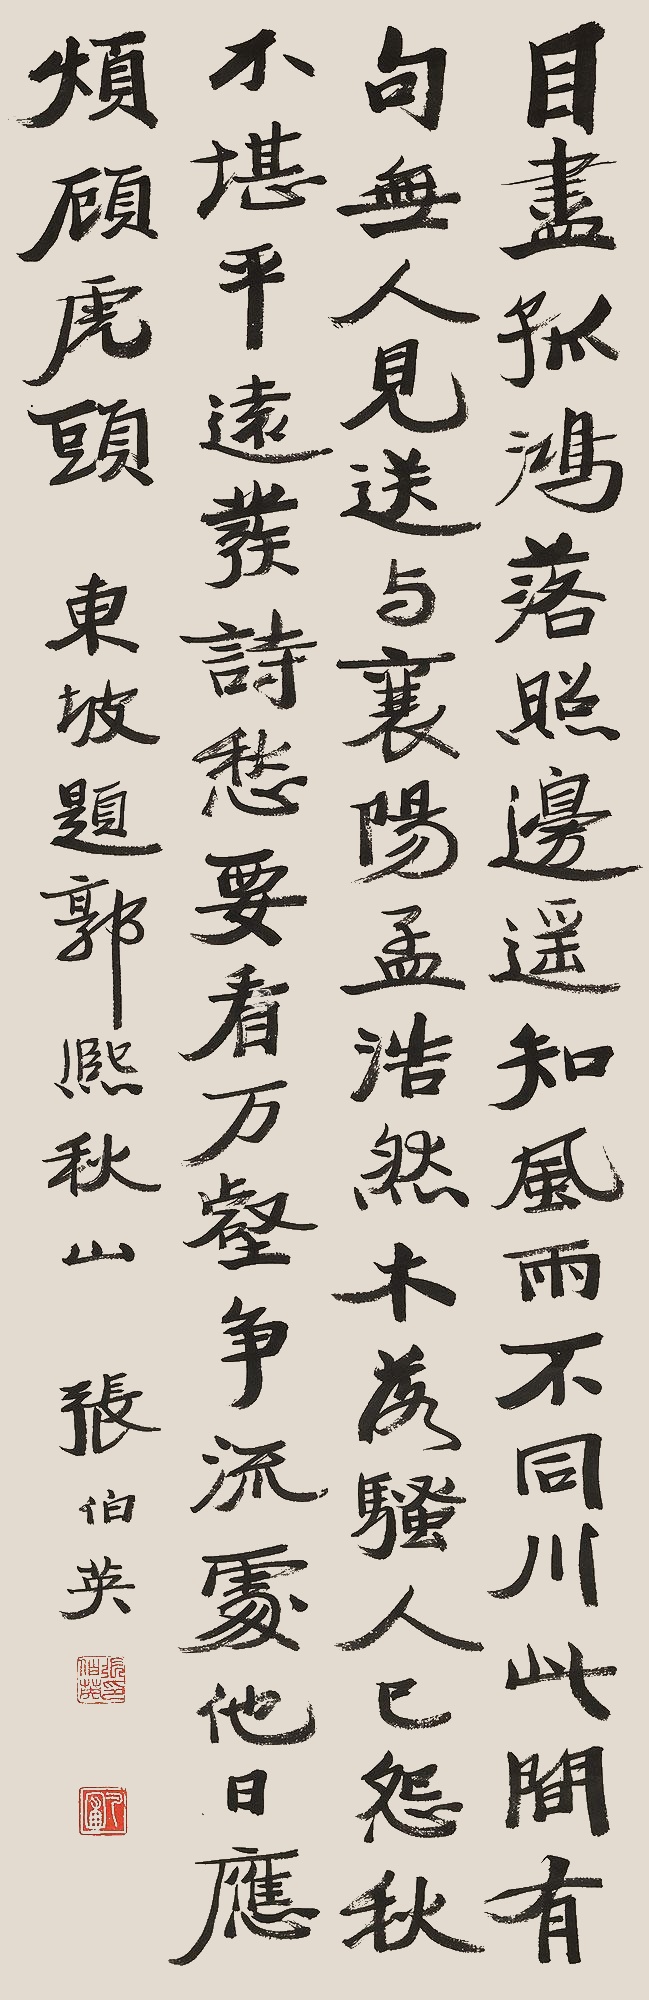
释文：目尽孤鸿落照边，遥知风雨不同川。此中有句无人见，送与襄阳孟浩然。木落骚人已怨秋，不堪平远发诗愁。要看万壑争流处，他日应烦顾虎头。东坡题郭熙《秋山》。张伯英。